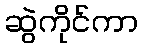
ဆွဲကိုင်ကာ